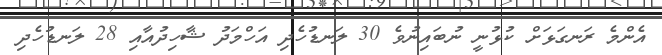
އެންމެ ރަނގަޅަށް ކުޅުނީ ނުބައިނުވެ 30 ލަނޑުހެދި އަހްމަދު ޝާހިދުއާއި 28 ލަނޑުހެދި